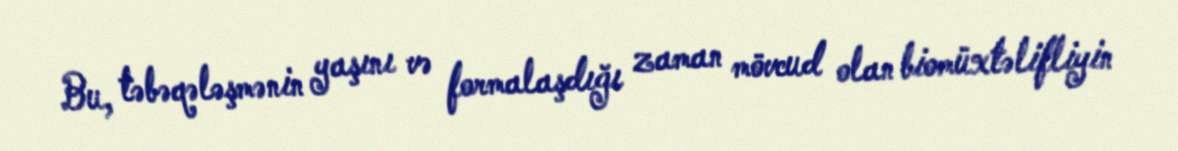
Bu, təbəqələşmənin yaşını və formalaşdığı zaman mövcud olan biomüxtəlifliyin